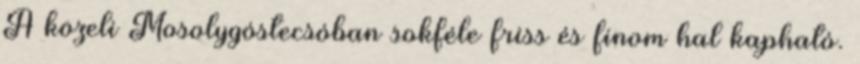
A közeli Mosolygóstecsóban sokféle friss és finom hal kapható.